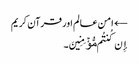
← امن عالم اور قرآن کریم
إِن کُنتُم مُّؤۡمِنِینَ۔